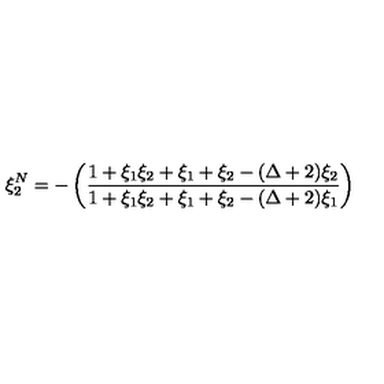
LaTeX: \xi _ { 2 } ^ { N } = - \left( \frac { 1 + \xi _ { 1 } \xi _ { 2 } + \xi _ { 1 } + \xi _ { 2 } - ( \Delta + 2 ) \xi _ { 2 } } { 1 + \xi _ { 1 } \xi _ { 2 } + \xi _ { 1 } + \xi _ { 2 } - ( \Delta + 2 ) \xi _ { 1 } } \right)